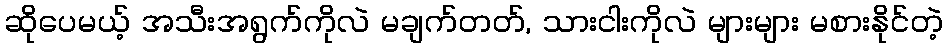
ဆိုပေမယ့် အသီးအရွက်ကိုလဲ မချက်တတ်, သားငါးကိုလဲ များများ မစားနိုင်တဲ့